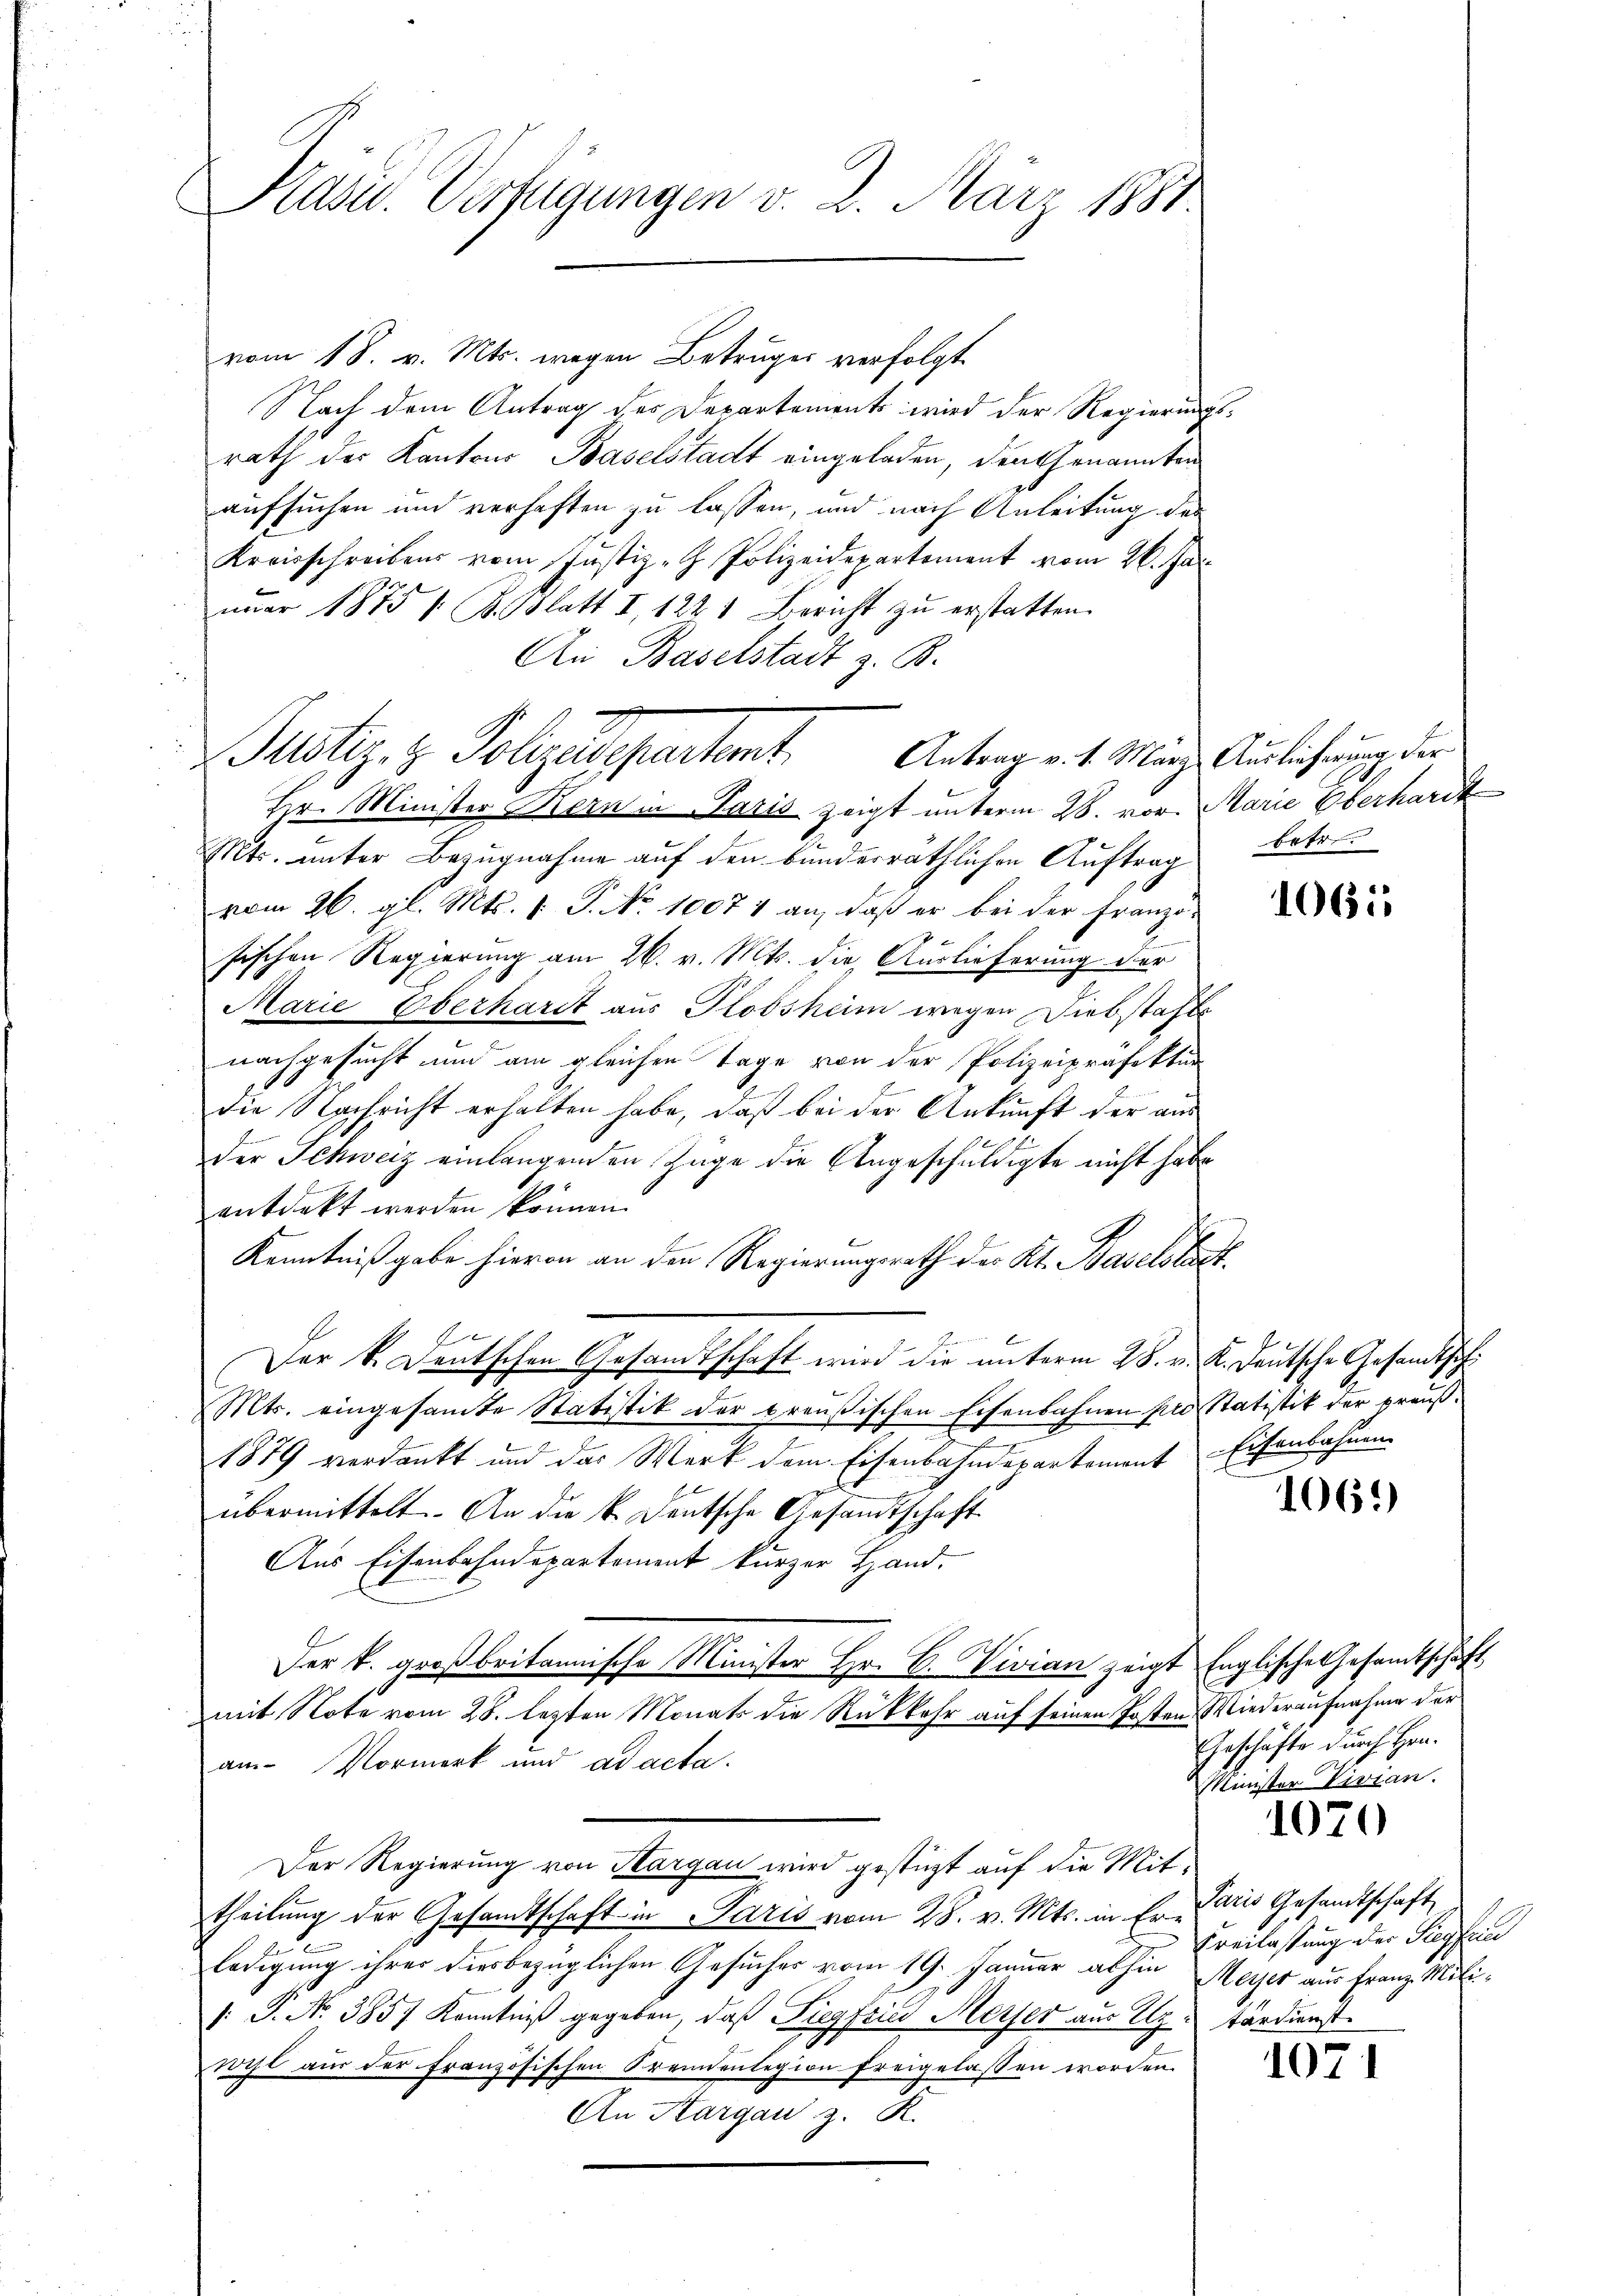
Kasu. Verfügungen v. 2. März 1881.

vom 18. v. Mts. wegen Betruges verfolgt.
Nach dem Antrag des Departements wird der Regierungsrath der Kantons Baselstadt eingeladen, den Genannten
aufsuchen und verhaften zu lassen, und nach Anleitung des
Kreisschreibens vom Justiz - Polizeidepartement vom 26. Ja
nuar 1875 / B. Blatt I 122 1 Bericht zu erstatten.
An Baselstadt z. B.
Hr. Minister Kern in Paris zeigt unterm 28. vor. Marie Oberhardt
Mts. unter Bezugnahme auf den bunderräthlichen Auftrag betr.
vom 26. gl. Mts. 1. P. No 10074 an, daß er bei der Franzö-
sischen Regierung am 26. v. Mts. die Auslieferung der
Marie Überhardt aus Hlobsham wegen Diebstalte
nachgesucht und am gleichen Tage von der Polizeipräfektur
die Nachricht erhalten habe, daß bei der Ankunft der aus
 17
der Schweiz einlangenden Zuge die Angeschuldigte nicht habe
entdeckt werden können.
Kenntniß gabe hieron an den Regierungsrath der Kt. Baselstadt
Der k. Deutschen Gesandtschaft wird die unterm 28. v. K. Deutsche Gesandtsch¬
Mts. eingesamte Statistik der preußischen Eisenbahnen pro Statistik der prauß¬
1879 verdankt und das Werk dem Eisenbahndepartement Eisenbahnen
übermittelt. An die k. Deutsche Gesandtschaft
Aus Eisenbahndepartement kurzer Hand,
Der k. großbritannische Minister Hr. C. Vivian zeigt Englische Gesamtschaft
mit Note vom 28. lezten Monats die Rückkehr auf seinen Posten, Wiederaufnahme der
am Vormerk und ad acta.
Der Regierung von Hargau wird gestüzt auf die Mittheilung der Gesamtschaft in Paris vom 28. v. Mts. in Er daris Gesandtschaft
.
ledigung ihrer diesbezüglichen Gesuches vom 19. Januar abhin Meyer aus Franz Mili¬
1: P. No 3857 Kenntniß gegeben, daß Siegfried Merser aus Uz tärdienst.
wihl aus der französischen Fremdenlegion freigelassen worden.
An Hargau z. R.

Justiz & Polizedepartent. Antrag v. 1. Märze Auslichung der

1061

1061)

Geschäfte durch Hrn.
Minister Vivian.

1070

Freilassung der Siegfrie

1071